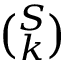
\textstyle { \binom { S } { k } }